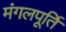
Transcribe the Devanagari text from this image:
मंगलपूर्ति